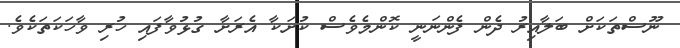
ނޫސްތަކަށް ބަލާއިރު ދެން ފެންނަނީ ކޮންމެވެސް ކުށަކާ އެރަށާ ގުޅުވާފައި ހުރި ވާހަކަތަކެވެ.